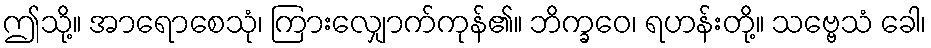
ဤသို့။ အာရောစေသုံ၊ ကြားလျှောက်ကုန်၏။ ဘိက္ခဝေ၊ ရဟန်းတို့။ သဗ္ဗေသံ ခေါ၊